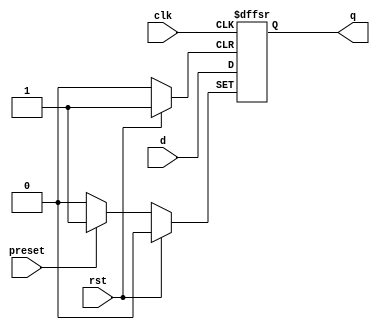
module dff_async_preset (
    input wire clk,
    input wire rst,
    input wire preset,
    input wire d,
    output reg q
);

always @(posedge clk or posedge rst or posedge preset) begin
    if (rst) begin
        q <= 1'b0;
    end
    else if (preset) begin
        q <= 1'b1;
    end
    else begin
        q <= d;
    end
end

endmodule